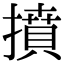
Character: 𢴢